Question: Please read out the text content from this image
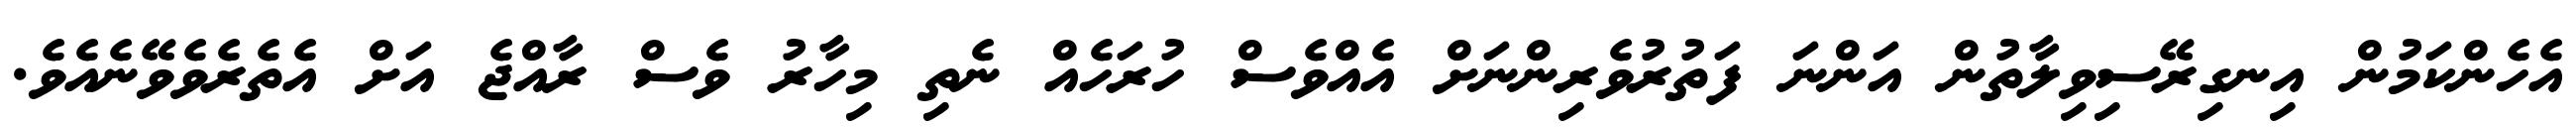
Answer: އެހެންކަމުން އިނގިރޭސިވިލާތުން އަންނަ ފަތުރުވެރިންނަށް އެއްވެސް ހުރަހެއް ނެތި މިހާރު ވެސް ރާއްޖެ އަށް އެތެރެވެވޭނެއެވެ.